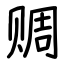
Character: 赒